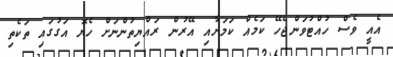
އެއީ ވެސް ހުއްޓުވަންޖެހޭ ކަމެއް ކަމަށާއި އޭރުން ރައްޔިތުންނަށް ހެޔޮ އަގުގައި ތަކެތި